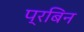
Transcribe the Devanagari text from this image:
प्रबिन